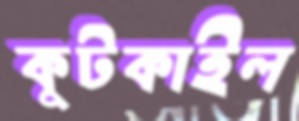
কুটকাইল